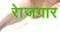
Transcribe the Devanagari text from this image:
राेजगार